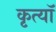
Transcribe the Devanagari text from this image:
कृत्यॉ